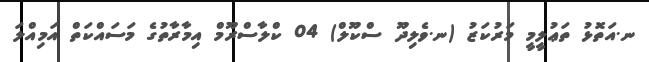
ނ.އަތޮޅު ތަޢުލީމީ މަރުކަޒު (ނ.ވެލިދޫ ސްކޫލް) 04 ކްލާސްރޫމް އިމާރާތުގެ މަސައްކަތް އަމިއްލަ